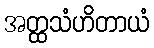
အတ္ထသံဟိတာယံ